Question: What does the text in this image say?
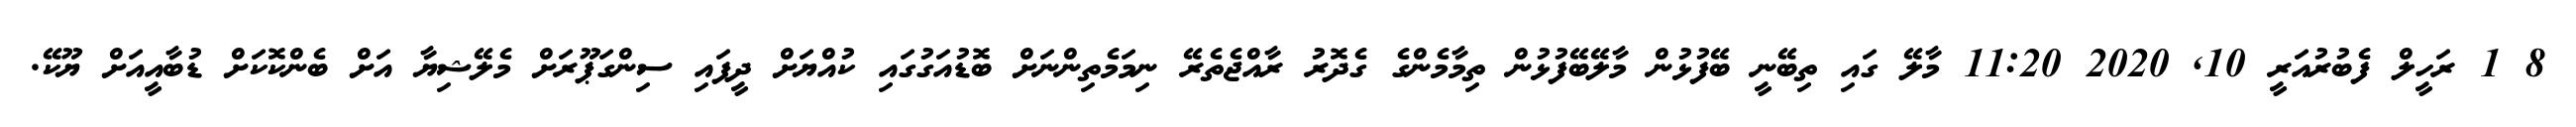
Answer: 8 1 ރަހީލް ފެބުރުއަރީ 10, 2020 11:20 މާލޭ ގައި ތިބޭނީ ބޭފުޅުން މާލޭބޭފުޅުން ތިމާމެންގެ ގެދޮރު ރާއްޖެތެރޭ ނިމަމެތިންނަށް ބޮޑުއަގުގައި ކުއްޔަށް ދީފައި ސިންގަޕޫރަށް މެލޭޝިޔާ އަށް ބެންކޮކަށް ޑުބާއީއަށް ޔޫކޭ.